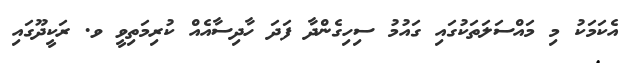
އެކަމަކު މި މައްސަލަތަކުގައި ގައުމު ސިހިގެންދާ ފަދަ ހާދިސާއެއް ކުރިމަތިވީ ވ. ރަކީދޫގައި